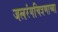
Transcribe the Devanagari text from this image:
जलरंगचित्रणाच्या